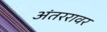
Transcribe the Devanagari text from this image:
अंतररावर